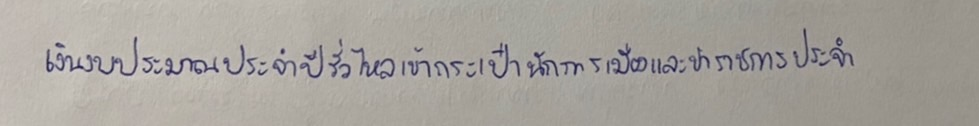
เงินงบประมาณประจำปีรั่วไหลเข้ากระเป๋านักการเมืองและข้าราชการประจำ